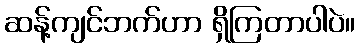
ဆန့်ကျင်ဘက်ဟာ ရှိကြတာပါပဲ။